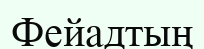
Фейадтың